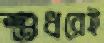
শুধরেই